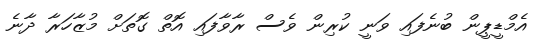
އެމްޑީޕީން ބުނެފައި ވަނީ ކުރިން ވެސް ރާވާފައި އޮތް ގޮތަށް މުޒާހަރާ ދާނެ